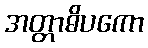
အတ္တာဓိပကော